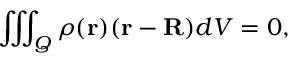
\iiint _ { Q } \rho ( \mathbf { r } ) ( \mathbf { r } - \mathbf { R } ) d V = 0 ,